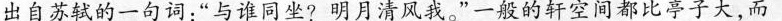
出自苏轼的一句词:“与谁同坐?明月清风我。"一般的轩空间都比亭子大，而